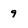
Character: 9